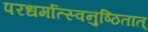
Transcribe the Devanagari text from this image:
परधर्मात्स्वनुष्ठितात्